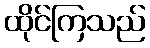
ထိုင်ကြသည်